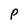
Character: P